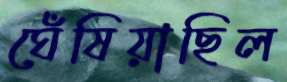
ঘেঁষিয়াছিল